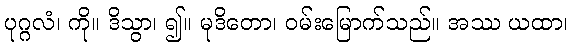
ပုဂ္ဂလံ၊ ကို။ ဒိသွာ၊ ၍။ မုဒိတော၊ ဝမ်းမြောက်သည်။ အဿ ယထာ၊